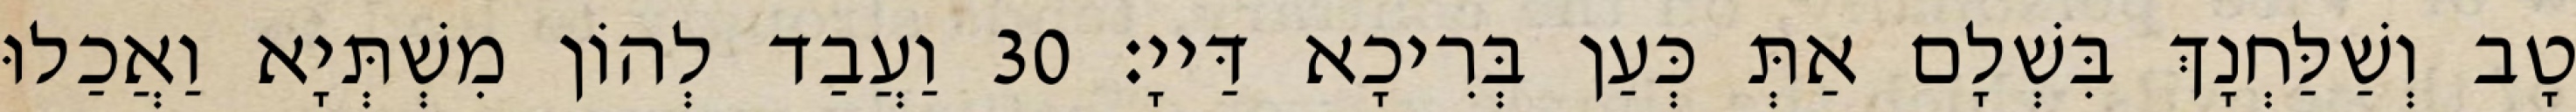
טָב וְשַׁלַּחְנָךְ בִּשְׁלָם אַתְּ כְּעַן בְּרִיכָא דַּייָ׃ 30 וַעֲבַד לְהוֹן מִשְׁתְּיָא וַאֲכַלוּ